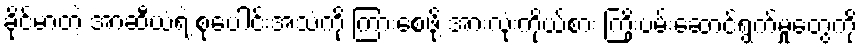
ခိုင်မာတဲ့ အာဆီယံရဲ့ စုပေါင်းအသံကို ကြားစေဖို့ အားလုံးကိုယ်စား ကြိုးပမ်းဆောင်ရွက်မှုတွေကို